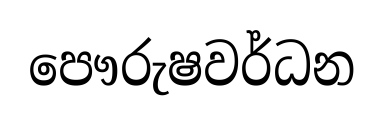
පෞරුෂවර්ධන